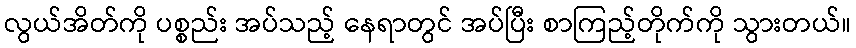
လွယ်အိတ်ကို ပစ္စည်း အပ်သည့် နေရာတွင် အပ်ပြီး စာကြည့်တိုက်ကို သွားတယ်။